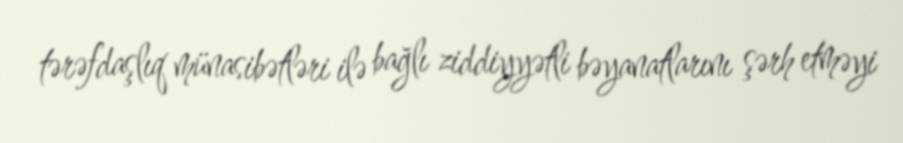
tərəfdaşlıq münasibətləri ilə bağlı ziddiyyətli bəyanatlarını şərh etməyi